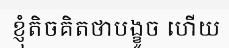
ខ្ញុំតិចគិតថាបង្ខូច ហើយ